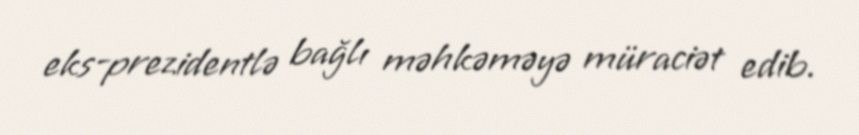
eks-prezidentlə bağlı məhkəməyə müraciət edib.